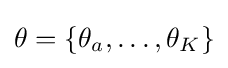
\mathbf {\theta } =\{\theta _{a},\ldots ,\theta _{K}\}